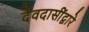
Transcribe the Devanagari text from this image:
देवदासींद्वारे